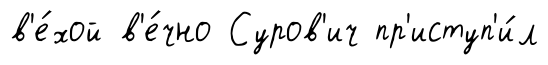
в'е́хой в'е́чно Суров'ич пр'иступ'и́л